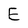
Character: E